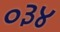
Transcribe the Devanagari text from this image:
०३४